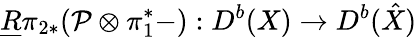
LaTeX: \underline{{{R}}}\pi_{2*}({\cal P}\otimes\pi_{1}^{*}-):D^{b}(X)\rightarrow D^{b}(\hat{X})